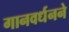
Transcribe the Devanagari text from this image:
गानवर्धनने